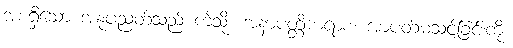
အစရှိသော အနုပညတ်သည် ကဲ့သို့။ အနာပတ္တိကရာစ၊ အာပတ်မသင့်ခြင်းကို